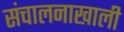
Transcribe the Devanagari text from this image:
संचालनाखाली